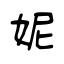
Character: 妮